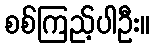
စစ်ကြည့်ပါဦး။